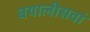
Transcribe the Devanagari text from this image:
बयालीसवां